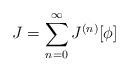
LaTeX: \begin{align*}J=\sum_{n=0}^{\infty} J^{(n)}[\phi]\end{align*}